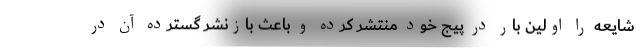
شایعه را اولین بار در پیج خود منتشر کرده و باعث بازنشر گسترده آن در